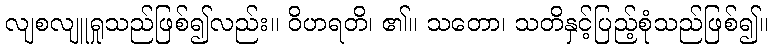
လျစလျူရှုသည်ဖြစ်၍လည်း။ ဝိဟရတိ၊ ၏။ သတော၊ သတိနှင့်ပြည့်စုံသည်ဖြစ်၍။